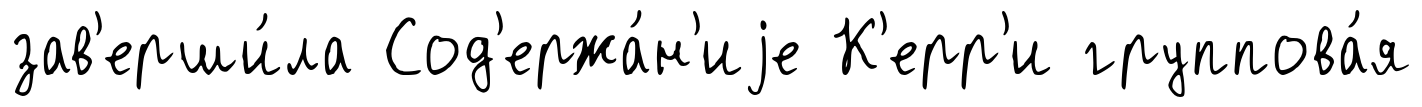
зав'ерши́ла Сод'ержа́н'иjе К'ерр'и группова́я